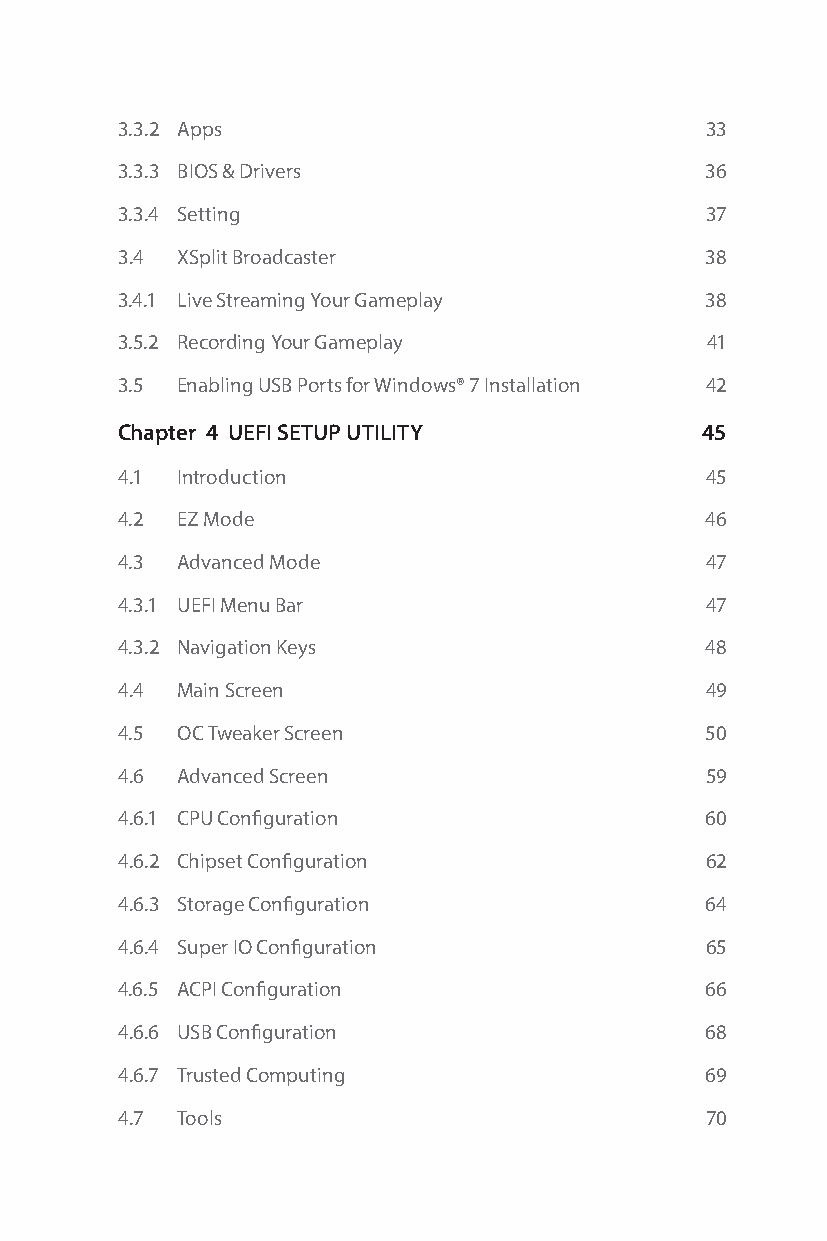
3.3.2 Apps                             33
 3.3.3 BIOS & Drivers                   36
 3.3.4 Setting                          37
 3.4 XSplit Broadcaster                 38
 3.4.1 Live Streaming Your Gameplay     38
 3.5.2 Recording Your Gameplay          41
 3.5 Enabling USB Ports for Windows® 7 Installation 42
 Chapter 4 UEFI SETUP UTILITY          45
 4.1 Introduction                       45
 4.2 EZ Mode                            46
 4.3 Advanced Mode                      47
 4.3.1 UEFI Menu Bar                    47
 4.3.2 Navigation Keys                  48
 4.4 Main Screen                        49
 4.5 OC Tweaker Screen                  50
 4.6 Advanced Screen                    59
 4.6.1 CPU Configuration                60
 4.6.2 Chipset Configuration            62
 4.6.3 Storage Configuration            64
 4.6.4 Super IO Configuration           65
 4.6.5 ACPI Configuration               66
 4.6.6 USB Configuration                68
 4.6.7 Trusted Computing                69
 4.7 Tools                              70